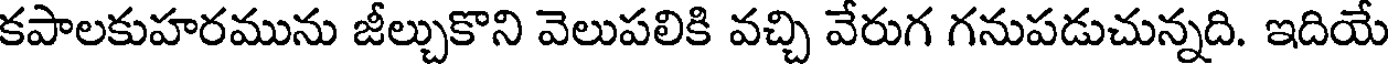
కపాలకుహరమును జీల్చుకొని వెలుపలికి వచ్చి వేరుగ గనుపడుచున్నది. ఇదియే